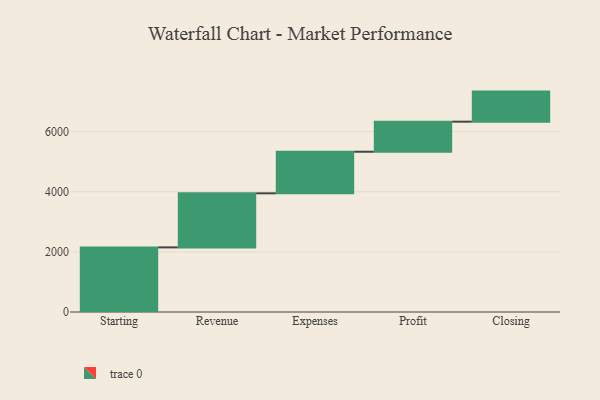
{"axis": {"x": "Step", "y": "Value"}, "legend": [""], "data": [{"x": "Starting", "y": 2149.0, "type": ""}, {"x": "Revenue", "y": 1798.0, "type": ""}, {"x": "Expenses", "y": 1383.0, "type": ""}, {"x": "Profit", "y": 1000, "type": ""}, {"x": "Closing", "y": 1000, "type": ""}]}